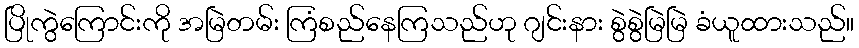
ပြိုကွဲကြောင်းကို အမြဲတမ်း ကြံစည်နေကြသည်ဟု ဂျင်းနား စွဲစွဲမြဲမြဲ ခံယူထားသည်။